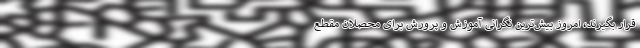
قرار بگیرند، امروز بیش‌ترین نگرانی آموزش و پرورش برای محصلان مقطع